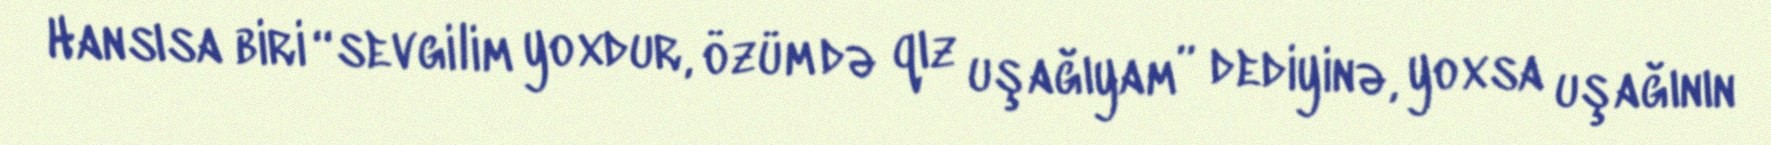
Hansısa biri “sevgilim yoxdur, özüm də qız uşağıyam” dediyinə, yoxsa uşağının